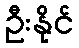
ဦးနိုင်